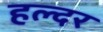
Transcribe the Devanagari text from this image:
हल्दर